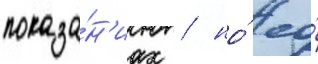
показа́н'иах / но́ ео́